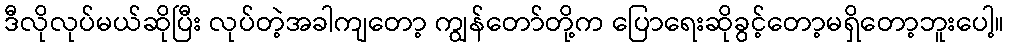
ဒီလိုလုပ်မယ်ဆိုပြီး လုပ်တဲ့အခါကျတော့ ကျွန်တော်တို့က ပြောရေးဆိုခွင့်တော့မရှိတော့ဘူးပေါ့။